Indian Medical Review
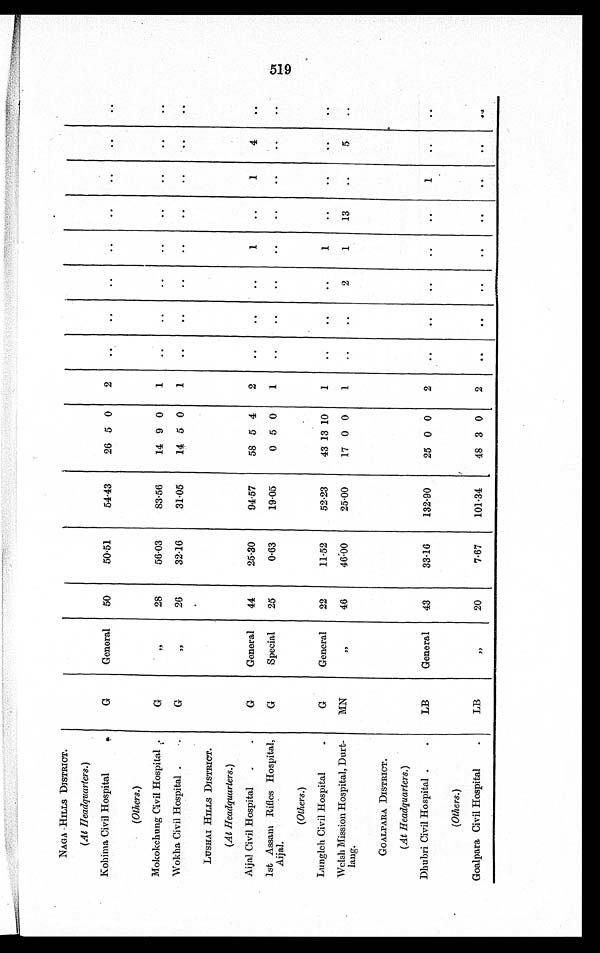
NAGA HILLS DISTRICT.
(At Headquarters.)
Kohima Civil Hospital
G
General
50
50.51
54.43
26 5 0
2
(Others.)
Mokokchung Civil Hospital
G
,,
28
56.03
83.56
1 4 9 0
1
Wokha Civil Hospital
G
,,
26
32.16
31.05
14 5 0
1
LUSHAI HILLS DISTRICT.
(At Headquarters.)
Aijal Civil Hospital
G
General
44
25.30
94.57
58 5 4
2
1
1
4
1st Assam Rifles Hospital,
Aijal.
G
Special
25
0.63
19.05
0 5 0
1
(Others.)
Lungleh Civil Hospital
G
General
22
11.52
52.23
43 13 10
1
1
Welsh Mission Hospital, Durt-
lang.
MN
,,
46
46.00
25.00
17 0 0
1
2
1
13
5
GOALPARA DISTRICT.
(At Headquarters.)
Dhubri Civil Hospital
LB
General
43
33.16
132.90
25 0 0
2
1
(Others.)
Goalpara Civil Hospital
LB
,,
20
7.67
101.34
4 8 3 0
2